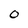
Character: 0